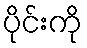
ပိုင်းကို